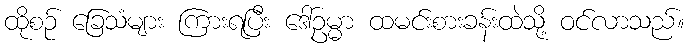
ထိုစဉ် ခြေသံများ ကြားရပြီး ဒေါ်ဥမ္မာ ထမင်းစားခန်းထဲသို့ ဝင်လာသည်။